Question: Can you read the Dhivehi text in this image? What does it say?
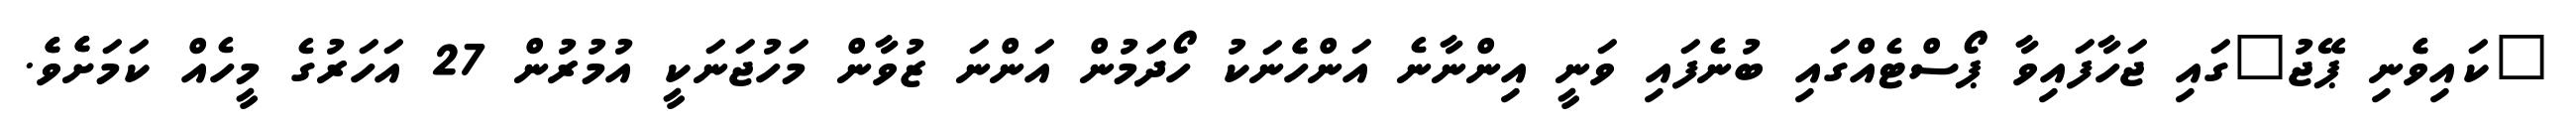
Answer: "ކައިވެެނި ޕޭޖު"ގައި ޖަހާފައިވާ ޕޯސްޓެއްގައި ބުނެފައި ވަނީ އިންނާނެ އަންހެެނަކު ހޯދަަމުން އަންނަ ޒުވާން މަހުޖަނަކީ އުމުރުން 27 އަހަރުގެ މީހެއް ކަމަށެެވެެ.